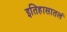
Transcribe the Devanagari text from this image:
इतिहासातलं